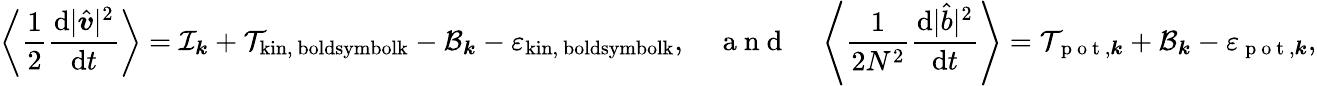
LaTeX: \left\langle\frac{1}{2}\frac{\mathrm{d}|\hat{\boldsymbol{v}}|^{2}}{\mathrm{d}t}\right\rangle=\mathcal{I}_{\boldsymbol{k}}+\mathcal{T}_{\mathrm{kin,\ boldsymbol{k}}}-\mathcal{B}_{\boldsymbol{k}}-\varepsilon_{\mathrm{kin,\ boldsymbol{k}}},~~~~\mathrm{~a~n~d~}~~~~\left\langle\frac{1}{2N^{2}}\frac{\mathrm{d}|\hat{b}|^{2}}{\mathrm{d}t}\right\rangle=\mathcal{T}_{\mathrm{~p~o~t~},\boldsymbol{k}}+\mathcal{B}_{\boldsymbol{k}}-\varepsilon_{\mathrm{~p~o~t~},\boldsymbol{k}},